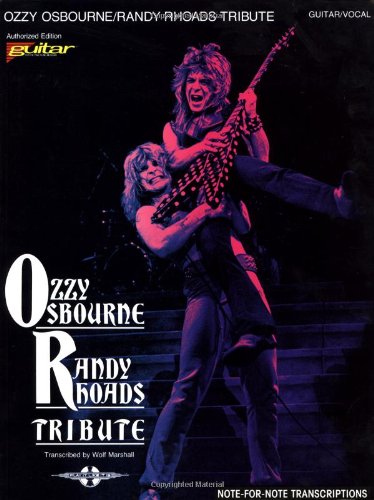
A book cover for Ozzy Osbourne - Randy Rhoads Tribute (Guitar Personality); Ozzy Osbourne; Travel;